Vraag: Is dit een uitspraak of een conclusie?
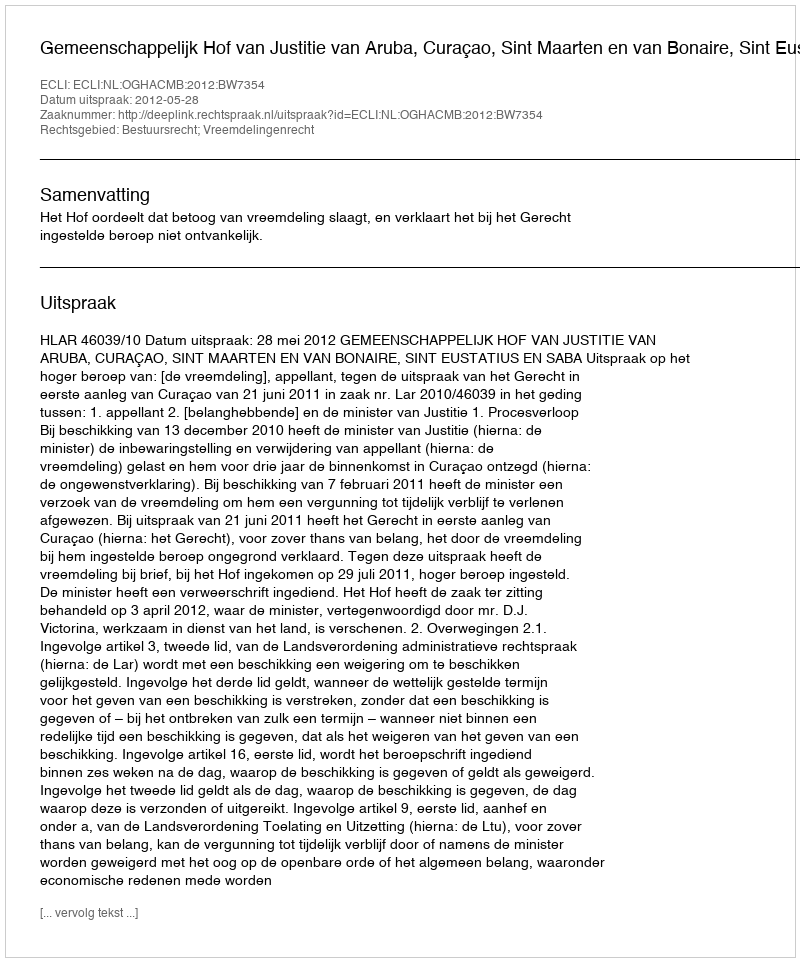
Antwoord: Uitspraak